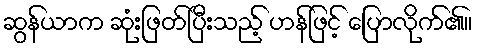
ဆွန်ယာက ဆုံးဖြတ်ပြီးသည့် ဟန်ဖြင့် ပြောလိုက်၏။